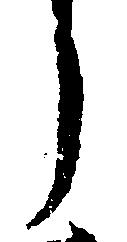
う